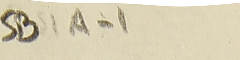
SB1A-1